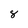
Character: 8